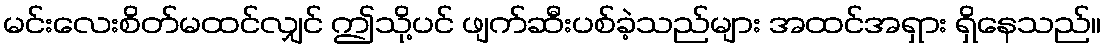
မင်းလေးစိတ်မထင်လျှင် ဤသို့ပင် ဖျက်ဆီးပစ်ခဲ့သည်များ အထင်အရှား ရှိနေသည်။